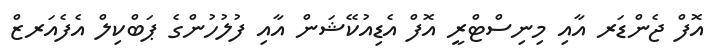
އޮފް ޖެންޑަރ އާއި މިނިސްޓްރީ އޮފް އެޑިއުކޭޝަން އާއި ފުލުހުންގެ ޕަބްކިލް އެފެއަރޒް